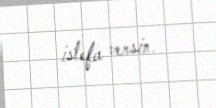
istefa versin.